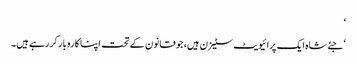
‘
‘ جئےشاہ ایک پرائیویٹ سٹیزن ہیں، جو قانون کے تحت اپنا کاروبار کر رہے ہیں۔